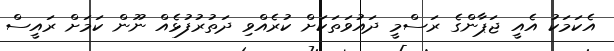
އެކަމަކު އެއީ ޖަޕާންގެ ރަސްމީ ދައުވަތަކަށް ކުރެއްވި ދަތުރުފުޅެއް ނޫން ކަމަށް ރައީސް